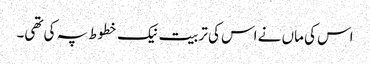
اس کی ماں نے اس کی تربیت نیک خطوط پہ کی تھی۔